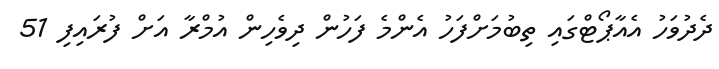
ދެދުވަހު އެއާޕޯޓްގައި ތިބުމަށްފަހު އެންމެ ފަހުން ދިވެހިން އުމްރާ އަށް ފުރައިފި 51